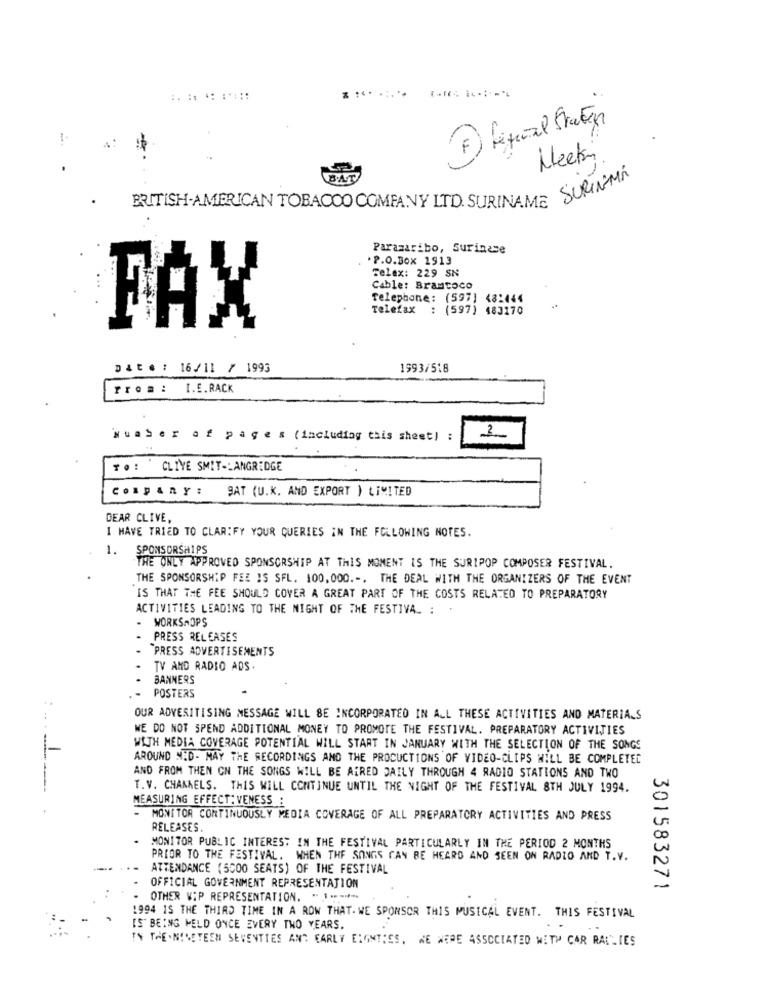
.....: ::::
Weekin
BRITISH-AMERICAN TOBACCO COMPANY LTD. SURINAME SURINAMA
Paramaribo, Surinase
P.O.Box 1913
Telex: 229 SN
Cable: Brancoco
Telephone: (597] 48:444
Telefax : (597) 483170
FAX
Date : 16/11 / 1993
1993/518
I.E.RACK
Nuaser of pages (including this sheet!
CLIVE SMIT-LANGRIDGE
Company : SAT (U.K. AND EXPORT ) LIMITED
DEAR CLIVE,
I HAVE TRIED TO CLARIFY YOUR QUERIES IN THE FOLLOWING NOTES.
1.
SPONSORSHIPS
THE ONLY APPROVED SPONSORSHIP AT THIS MOMENT IS THE SURIPOP COMPOSER FESTIVAL.
THE SPONSORSHIP FEE IS SFL. 100.000 .-, THE DEAL WITH THE ORGANIZERS OF THE EVENT
IS THAT THE FEE SHOULD COVER A GREAT PART OF THE COSTS RELATED TO PREPARATORY
ACTIVITIES LEADING TO THE NIGHT OF THE FESTIVAL : '
WORKSHOPS
PRESS RELEASES
PRESS ADVERTISEMENTS
TV AND RADIO ADS.
BANNERS
POSTERS
OUR ADVERITISING MESSAGE WILL BE INCORPORATED IN ALL THESE ACTIVITIES AND MATERIALS
WE DO NOT SPEND ADDITIONAL MONEY TO PROMOTE THE FESTIVAL. PREPARATORY ACTIVITIES
1-
WITH MEDIA COVERAGE POTENTIAL WILL START IN JANUARY WITH THE SELECTION OF THE SONGS
AROUND NED- MAY THE RECORDINGS AND THE PROCUCTIONS OF VIDEO-CLIPS WILL BE COMPLETED
AND FROM THEN ON THE SONGS WILL BE AIRED DAILY THROUGH 4 RADIO STATIONS AND TWO
T.V. CHANAELS. THIS WILL CONTINUE UNTIL THE NIGHT OF THE FESTIVAL 8TH JULY 1994.
MEASURING EFFECT: VENESS :
= MONITOR CONTINUOUSLY MEDIA COVERAGE OF ALL PREPARATORY ACTIVITIES AND PRESS
RELEASES.
MONITOR PUBLIC INTEREST IN THE FESTIVAL PARTICULARLY IN THE PERIOD 2 MONTHS
PRIOR TO THE FESTIVAL. WHEN THE SONGS CAN BE HEARD AND SEEN ON RADIO AND T.V.
. - ATTENDANCE (5000 SEATS) OF THE FESTIVAL
OFFICIAL GOVERNMENT REPRESENTATION
301583271
- OTHER WIP REPRESENTATION. " 1 .-***
1994 IS THE THIRD TIME IN A ROW THAT.WE SPONSOR THIS MUSICAL EVENT. THIS FESTIVAL
IS BEING HELD ONCE EVERY TWO YEARS.
TY THE.NINETEEN SEVENTIES ANT EARLY EIGHTIES, WE WERE ASSOCIATED WITH CAR RALLIES